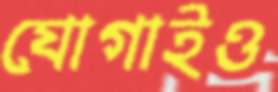
যোগাইও